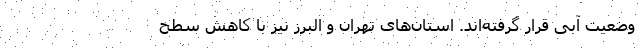
وضعیت آبی قرار گرفته‌اند. استان‌های تهران و البرز نیز با کاهش سطح